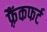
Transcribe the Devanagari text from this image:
फ़्रैंकफर्ट